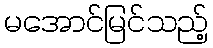
မအောင်မြင်သည့်